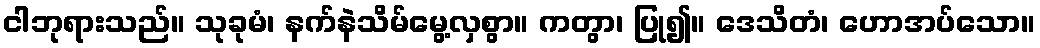
ငါဘုရားသည်။ သုခုမံ၊ နက်နဲသိမ်မွေ့လှစွာ။ ကတွာ၊ ပြု၍။ ဒေသိတံ၊ ဟောအပ်သော။